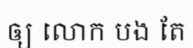
ឲ្យ លោក បង តែ